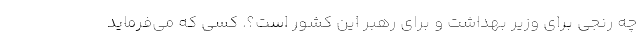
چه رنجی برای وزیر بهداشت و برای رهبر این کشور است؟. کسی که می‌فرماید